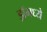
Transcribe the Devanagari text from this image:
ड्रॉमध्ये